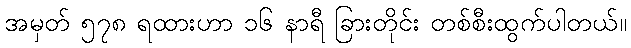
အမှတ် ၅၇၈ ရထားဟာ ၁၆ နာရီ ခြားတိုင်း တစ်စီးထွက်ပါတယ်။